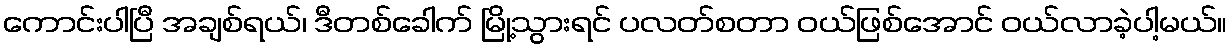
ကောင်းပါပြီ အချစ်ရယ်၊ ဒီတစ်ခေါက် မြို့သွားရင် ပလတ်စတာ ဝယ်ဖြစ်အောင် ဝယ်လာခဲ့ပါ့မယ်။